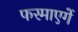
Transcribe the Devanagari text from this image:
फरमाएगें